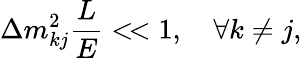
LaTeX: \Delta m_{kj}^{2}\frac{L}{E}<\! <1,\quad\forall k\neq j,